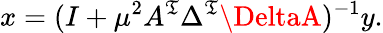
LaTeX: x=(I+\mu^{2}A^{\mathfrak{T}}\Delta^{\mathfrak{T}}\DeltaA)^{-1}y.